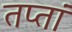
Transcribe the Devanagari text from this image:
तप्तां